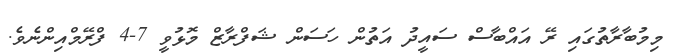
މިމުބާރާތުގައި ރޭ އައްބާސް ސައީދު އަތުން ހަސަން ޝަފްރާޒް މޮޅުވީ 7-4 ފްރޭމްއިންނެވެ.